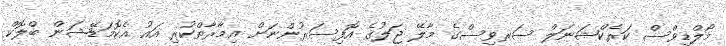
މޯލްޑިވްސް ކަރެކްޝަނަލް ސަރވިސްގެ މާލޭ ޖަލުގެ އޮފިސަރުންނަށް އިމާރާތްކުރި އައު އެކޮމަޑޭޝަން ބްލޮކް